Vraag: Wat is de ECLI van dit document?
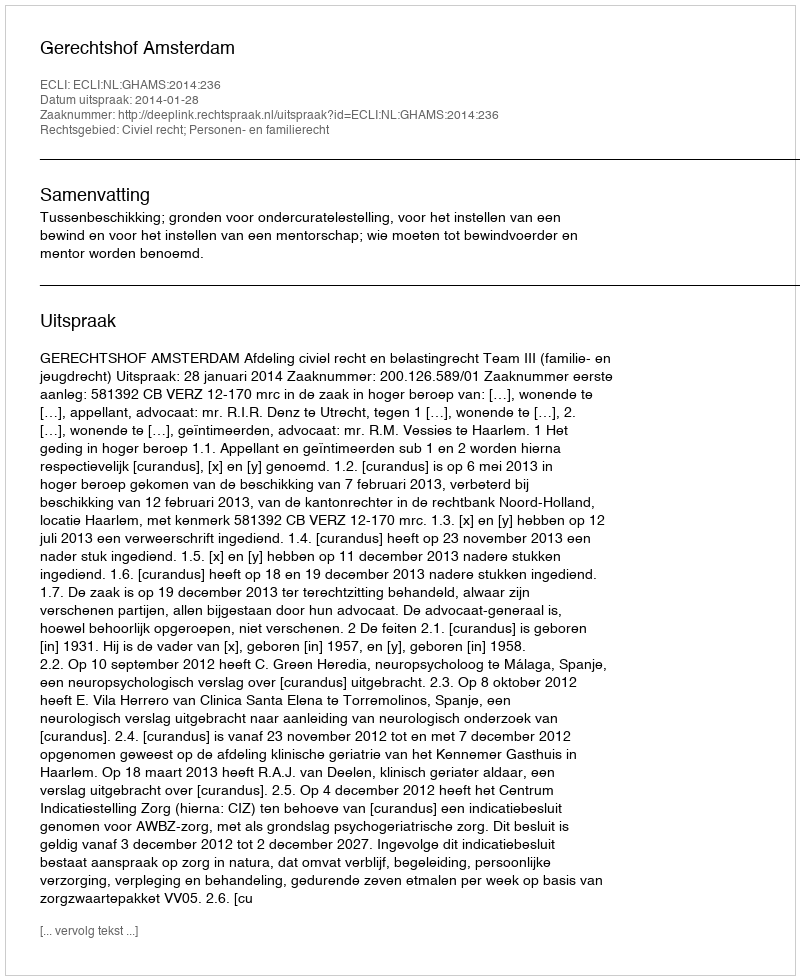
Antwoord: ECLI:NL:GHAMS:2014:236